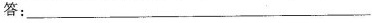
答：___